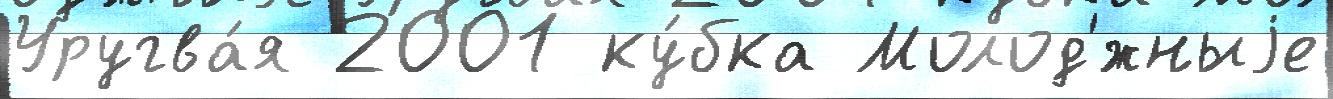
Уругва́я 2001 ку́бка Молод'́жныjе